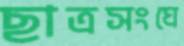
ছাত্রসংঘে